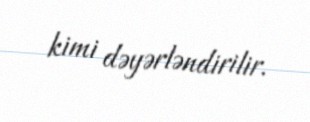
kimi dəyərləndirilir.